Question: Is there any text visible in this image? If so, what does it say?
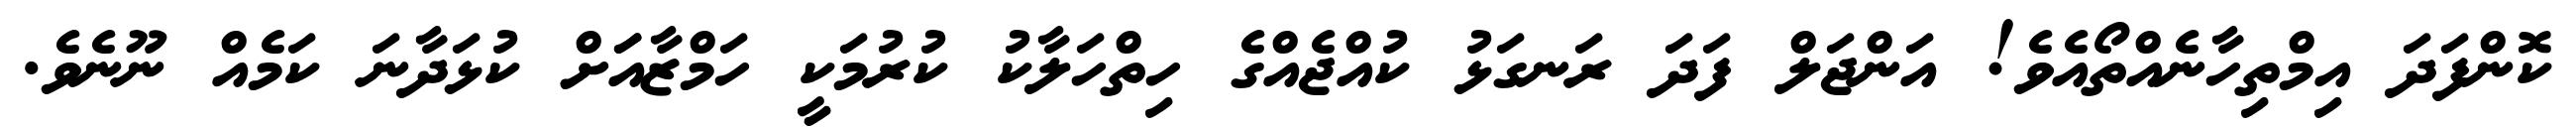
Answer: ކޮންފަދަ އިމްތިހާނެއްތޯއެވެ! އަންޖަލް ފަދަ ރަނގަޅު ކުއްޖެއްގެ ހިތްހަލާކު ކުރުމަކީ ހަމްޒާއަަށް ކުޅަދާނަ ކަމެއް ނޫނެވެ.